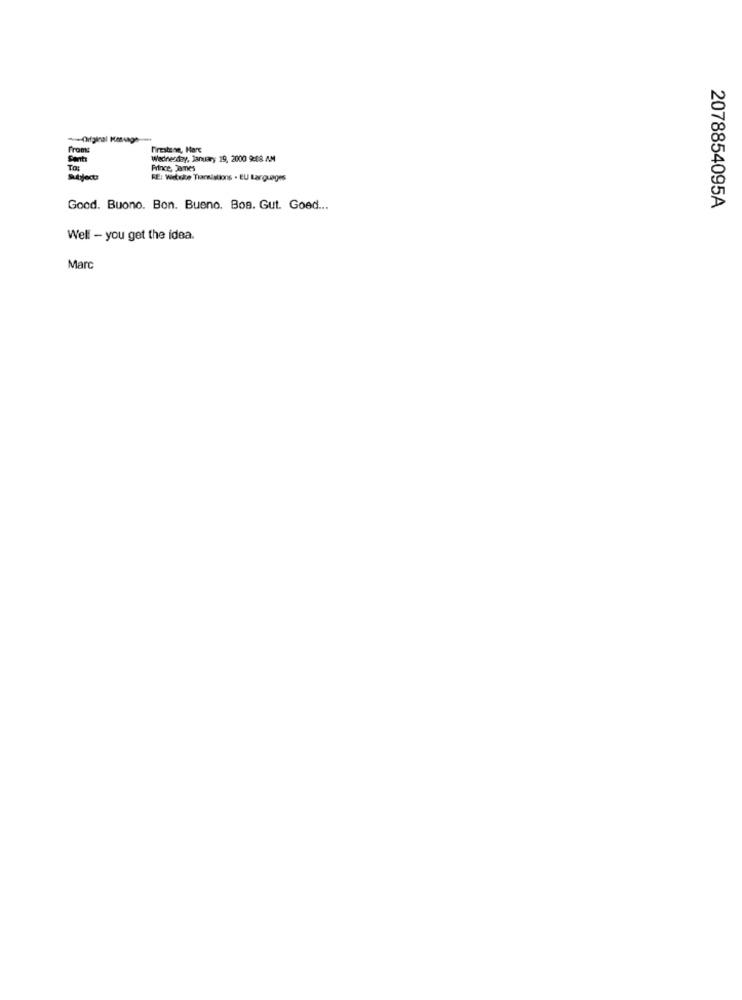
from:
Firestone, Marc
Sent
Wednesday, Jamery 19, 2000 9:08 AM
Trat
Prince, James
Sutyjects
RE: Weteke Translations . EU Largueges
Good. Buono. Bon. Bueno. Boa. Gut. Goed ...
2078854095A
Well - you get the idea.
Marc